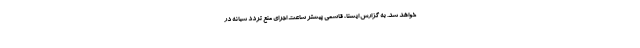
خواهد شد. به گزارش ایسنا، قاسمی پیشتر ساعت اجرای منع تردد شبانه در